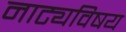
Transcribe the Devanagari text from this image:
नाट्यविषय